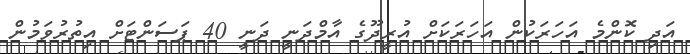
އަދި ކޮންމެ އަހަރަކުން އަހަރަކަށް އުރީދޫގެ އާމްދަނީ ދަނީ 40 ޕަސަންޓަށް އިތުރުވަމުން